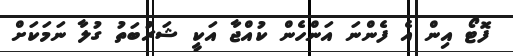
ފޮޓޯ އިން އެ ފެންނަ އަންހެން ކުއްޖާ އަކީ ޝަރުބަތު ގުލާ ނަމަކަށް